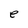
Character: e